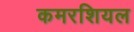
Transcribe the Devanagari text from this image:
कमरशियल